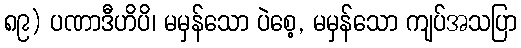
၈၉) ပဏာဒီဟိပိ၊ မမှန်သော ပဲစေ့, မမှန်သော ကျပ်အသပြာ